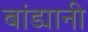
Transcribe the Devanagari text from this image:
बांड्यानी